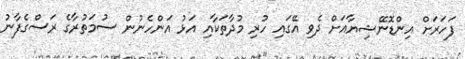
ފަހަރަށް އިންޑޮނޭޝިޔާއަށް ދެވި އޭގައި ހުރި މުދާތަކާއި އަޅު އަންހެނުން ސުމަތުރާގެ ރަސްގެފާނު